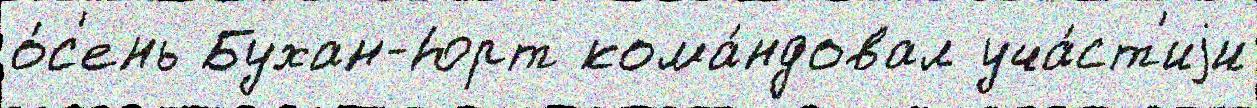
о́с'ень Бухан-Юрт кома́ндовал уча́ст'иjи